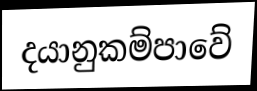
දයානුකම්පාවේ